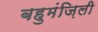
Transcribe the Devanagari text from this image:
बहुमंज़िली